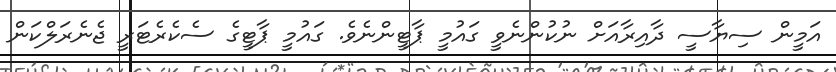
އަމީން ސިޔާސީ ދާއިރާއަށް ނުކުންނެވީ ގައުމީ ޕާޓީންނެވެ. ގައުމީ ޕާޓީގެ ސެކެރެޓަރީ ޖެނެރަލްކަން